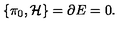
\{ { \cal \pi } _ { 0 } , { \cal H } \} = { \partial } E = 0 .